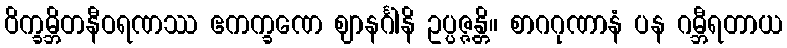
ဝိက္ခမ္ဘိတနီဝရဏဿ ဧကက္ခဏေ ဈာနင်္ဂါနိ ဥပ္ပဇ္ဇန္တိ။ စာဂဂုဏာနံ ပန ဂမ္ဘီရတာယ